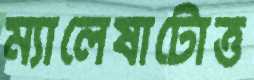
ম্যালেষাটোত্ত